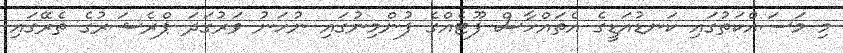
މި މަސައްކަތުގައި ކަނޑުއަޑީގެ އެތައްހާސް ފޫޓެއްގެ ފުންމިނުގައި ނުހަނު ވަރުގަދަ ޕްރެޝަރުގެ ތެރޭގައި